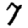
Digit: 7